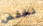
نخفض